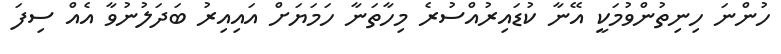
ހުންނަ ހިނިތުންވުމަކީ އޭނާ ކުޑައިރުއްސުރެ މިހާތަނާ ހަމަޔަށް އައިއިރު ބަދަލުނުވާ އެއް ސިފަ